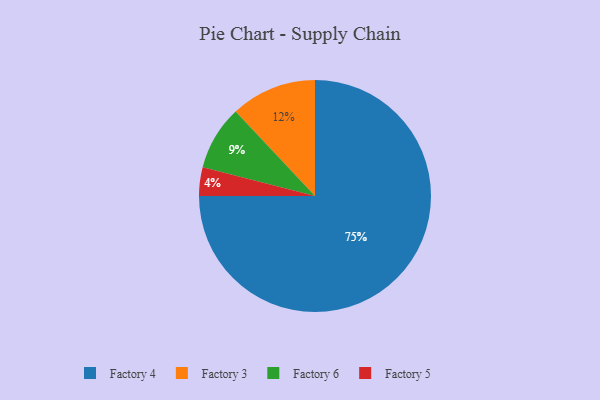
{"axis": {"x": "Category", "y": "Percentage"}, "legend": ["Factory 3", "Factory 4", "Factory 5", "Factory 6"], "data": [{"x": "Factory 4", "y": 75, "type": "Factory 4"}, {"x": "Factory 5", "y": 4, "type": "Factory 5"}, {"x": "Factory 3", "y": 12, "type": "Factory 3"}, {"x": "Factory 6", "y": 9, "type": "Factory 6"}]}